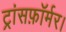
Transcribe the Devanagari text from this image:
ट्रांसफ़ॉर्मर।